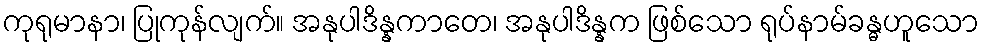
ကုရုမာနာ၊ ပြုကုန်လျက်။ အနုပါဒိန္နကာတေ၊ အနုပါဒိန္နက ဖြစ်သော ရုပ်နာမ်ခန္ဓဟူသော